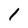
Character: 1